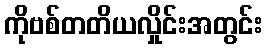
ကိုဗစ်တတိယလှိုင်းအတွင်း